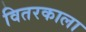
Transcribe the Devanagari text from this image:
वितरकाला